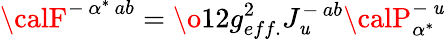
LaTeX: {\calF}^{-\, \alpha^{*}\, ab}=\o{1}{2}g_{eff.}^{2}J_{\mathit{u}}^{-\, ab}{\calP}_{\alpha^{*}}^{-\, \mathit{u}}